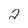
Character: 2